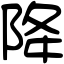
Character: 降